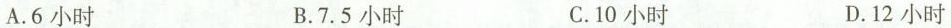
A.6小时 B.7.5小时 C.10小时 D.12小时